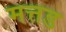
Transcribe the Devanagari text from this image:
मत्तड